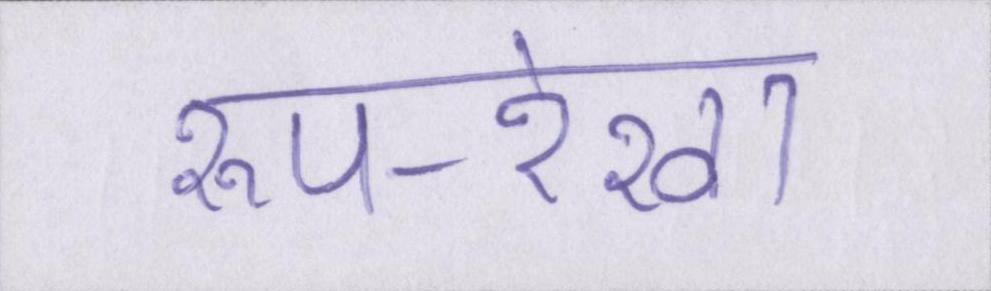
रूप-रेखा